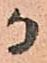
つ